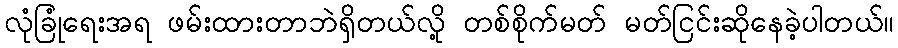
လုံခြုံရေးအရ ဖမ်းထားတာဘဲရှိတယ်လို့ တစ်စိုက်မတ် မတ်ငြင်းဆိုနေခဲ့ပါတယ်။